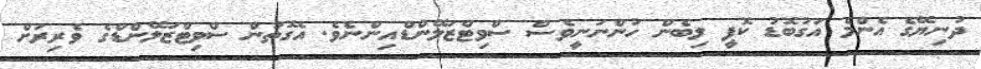
ދުނިޔޭގެ އެންމެ އަގުބޮޑު ކޮފީ ލިބެން ހުންނަނީވެސް ސްވިޓްޒަލޭންޑްއިންނެވެ. އެގޮތުން ސްވިޓްޒަލޭންޑްގެ ވެރިރަށް